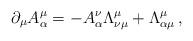
LaTeX: \begin{align*}\partial_{\mu}A^{\mu}_{\alpha}=-A^{\nu}_{\alpha}\Lambda^{\mu}_{\nu\mu}+\Lambda^{\mu}_{\alpha\mu}\,,\end{align*}